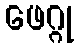
ဖေဂ္ဂု